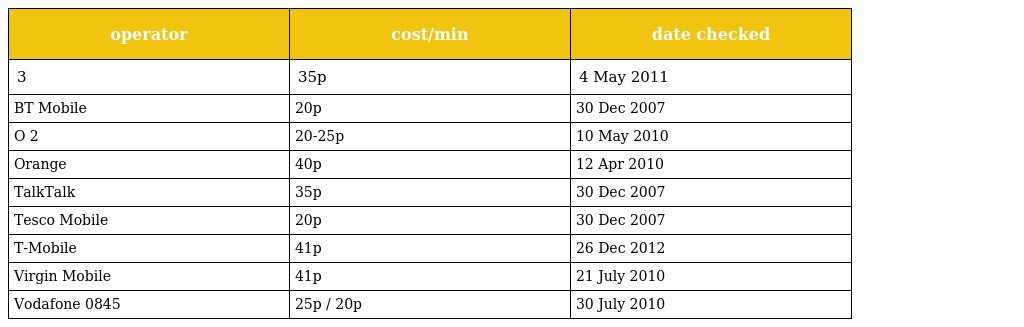
| operator | cost/min | date checked |
 | --- | --- | --- |
 | 3 | 35p | 4 May 2011 |
 | BT Mobile | 20p | 30 Dec 2007 |
 | O 2 | 20-25p | 10 May 2010 |
 | Orange | 40p | 12 Apr 2010 |
 | TalkTalk | 35p | 30 Dec 2007 |
 | Tesco Mobile | 20p | 30 Dec 2007 |
 | T-Mobile | 41p | 26 Dec 2012 |
 | Virgin Mobile | 41p | 21 July 2010 |
 | Vodafone 0845 | 25p / 20p | 30 July 2010 |